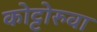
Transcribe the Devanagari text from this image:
कोट्टोरुवा